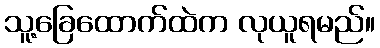
သူ့ခြေထောက်ထဲက လုယူရမည်။